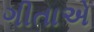
ગીતાએ